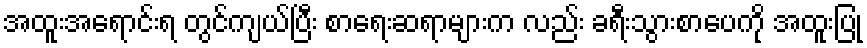
အထူးအရောင်းရ တွင်ကျယ်ပြီး စာရေးဆရာများက လည်း ခရီးသွားစာပေကို အထူးပြု